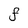
Character: f